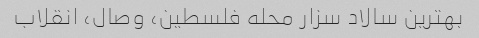
بهترین سالاد سزار محله فلسطین، وصال، انقلاب